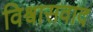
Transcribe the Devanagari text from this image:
विश्वासवाद